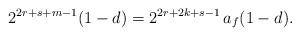
LaTeX: \begin{align*}2^{2r+s+m-1}(1-d) = 2^{2r+2k+s-1}\,a_f (1-d).\end{align*}